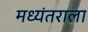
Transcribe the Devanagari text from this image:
मध्यंतराला